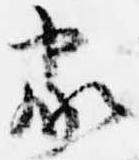
家